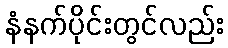
နံနက်ပိုင်းတွင်လည်း